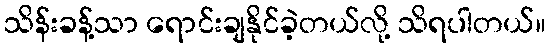
သိန်းခန့်သာ ရောင်းချနိုင်ခဲ့တယ်လို့ သိရပါတယ်။